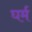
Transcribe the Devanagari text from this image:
घर्म